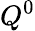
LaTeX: Q^{0}